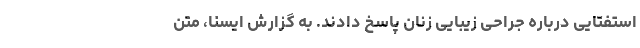
استفتایی درباره جراحی زیبایی زنان پاسخ دادند. به گزارش ایسنا، متن